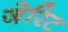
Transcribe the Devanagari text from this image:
जेरिट